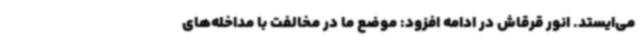
می‌ایستد. انور قرقاش در ادامه افزود: موضع ما در مخالفت با مداخله‌های